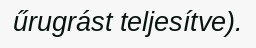
űrugrást teljesítve).